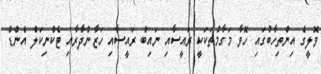
ވޮލީގެ އިންތިހާބުގައި ހޮވާ މަގާމުތަކަކީ ރައީސާއި ނައިބް ރައީސާއި ހަޒާންދާރާއި ޓެކްނިކަލް އެންޑް